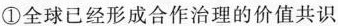
①全球已经形成合作治理的价值共识